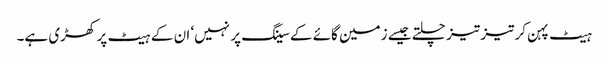
ہیٹ پہن کر تیز تیز چلتے جیسے زمین گائے کے سینگ پر نہیں‘ ان کے ہیٹ پر کھڑی ہے۔